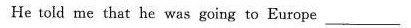
He told me that he was going to Europe__